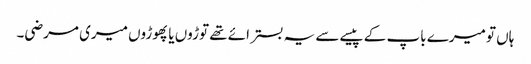
ہاں تو میرے باپ کے پیسے سے یہ بستر ائے تھے توڑوں یا پھوڑوں میری مرضی۔